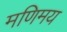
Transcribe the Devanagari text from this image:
मणिमय